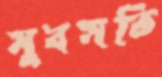
সুবসতি